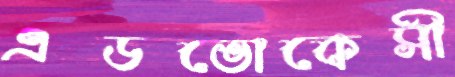
এডভোকেসী